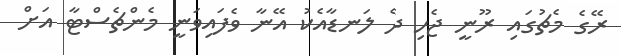
ރޭގެ މެޗުގައި ރޫނީ ޖެހި ދެ ލަނޑާއެކު އޭނާ ވެފައިވަނީ މެންޗެސްޓާ އަށް